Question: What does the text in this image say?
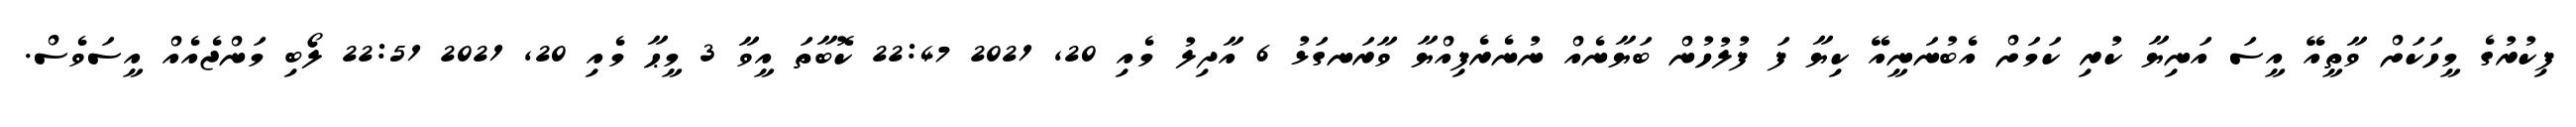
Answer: ފިކުރުގެ މީހަކަށް ވާތީއޭ އީސަ އަނިޔާ ކުރި ކަމަށް އެބުނަނީއޭ ކިޔާ ފަ ފުލުހުން ބަޔާނެއް ނުނެރެފިއްޔާ ވާރަނގަޅު 6 އާދިލު މެއި 20, 2021 22:47 ކޮބާތަ އީވާ 3 މީޙާ މެއި 20, 2021 22:51 ލޯބި މަންޖެއެއް އީސަވެސް.